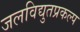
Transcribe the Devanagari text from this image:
जलविद्युतप्रकल्प